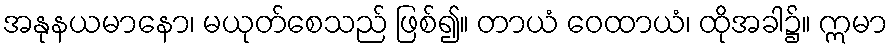
အနုနယမာနော၊ မယုတ်စေသည် ဖြစ်၍။ တာယံ ဝေထာယံ၊ ထိုအခါ၌။ ဣမာ